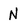
Character: N